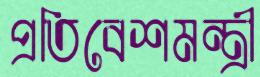
প্রতিবেশমন্ত্রী